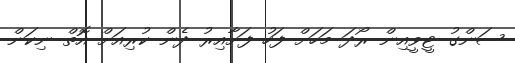
ސަންގު ޓީވީއިން ރޯދަ މަހަށް ފަހު ފަށާއިރު ދެން ކުރިއަށް އޮތް ނިކަން